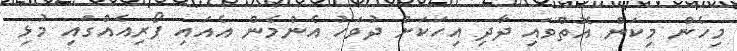
މިހެން މިކަން އޮތްވައި ދާދި އިހަކަށް ދުވަހު އެންމެން އެއައި ފޯރިއެއްގައި މުޅި